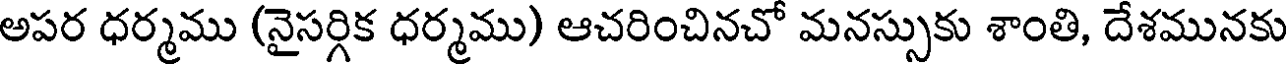
అపర ధర్మము (నైసర్గిక ధర్మము) ఆచరించినచో మనస్సుకు శాంతి, దేశమునకు